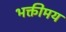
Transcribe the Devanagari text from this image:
भक्तीमय